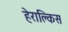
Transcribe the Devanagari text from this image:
हेराक्लिस